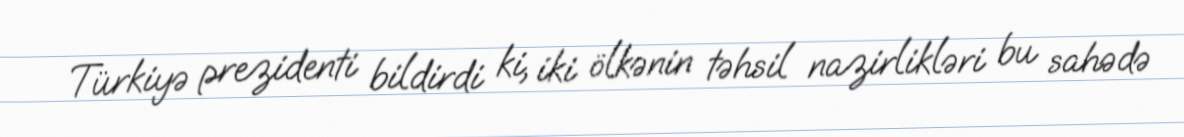
Türkiyə prezidenti bildirdi ki, iki ölkənin təhsil nazirlikləri bu sahədə